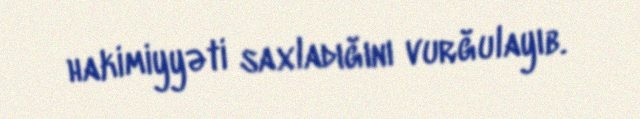
hakimiyyəti saxladığını vurğulayıb.